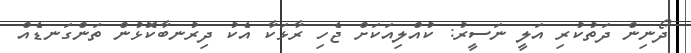
ދޯނިން ދަތުކުރި އަލީ ނަސީރު: ކުއްލިއަކަށް ޖެހި ރާޅަކާ އެކު ދިރުނބާކޮޅުން ތަންގަނޑެއް